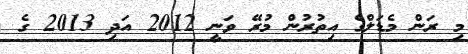
މި ރަން މެޑަލްގެ އިތުރުން މުރޭ ވަނީ 2012 އަދި 2013 ގެ